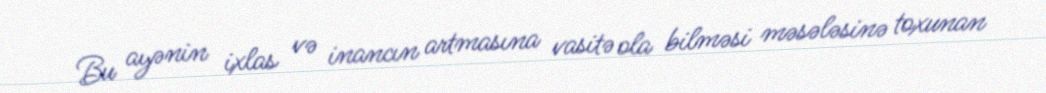
Bu ayənin ixlas və inancın artmasına vasitə ola bilməsi məsələsinə toxunan